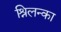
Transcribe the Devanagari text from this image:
श्रिलन्का